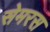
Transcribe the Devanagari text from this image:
सेमरस